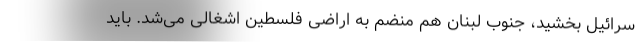
سرائیل بخشید، جنوب لبنان هم منضم به اراضی فلسطین اشغالی می‌شد. باید